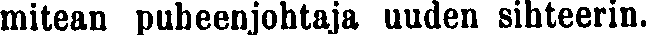
mitean puheenjohtaja uuden sihteerin.